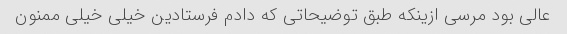
عالی بود مرسی ازینکه طبق توضیحاتی که دادم فرستادین خیلی خیلی ممنون